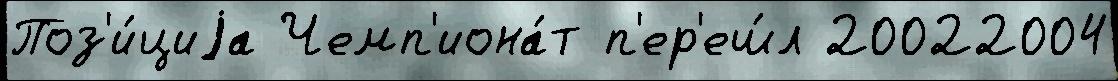
Поз'и́циjа Чемп'иона́т п'ер'еш́л 20022004